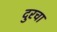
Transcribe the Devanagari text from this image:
दुरचा